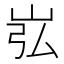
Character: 𪨮